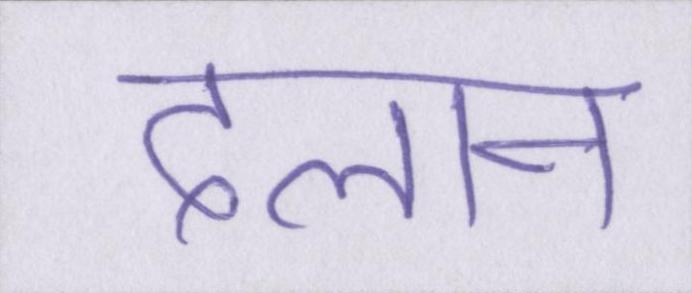
दलान